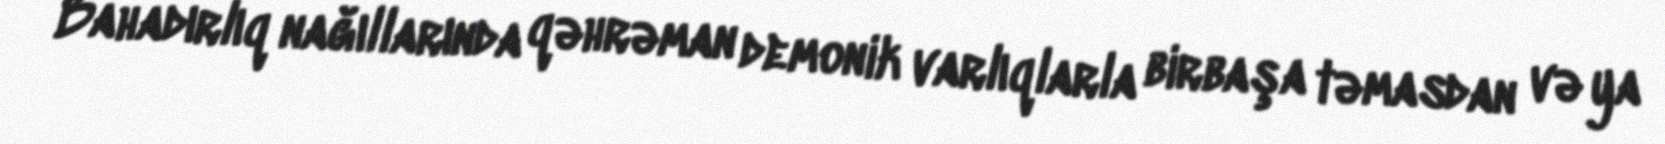
Bahadırlıq nağıllarında qəhrəman demonik varlıqlarla birbaşa təmasdan və ya